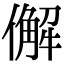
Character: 𠎿